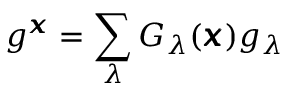
g ^ { \pmb { x } } = \sum _ { \lambda } G _ { \lambda } ( \pmb { x } ) g _ { \lambda }